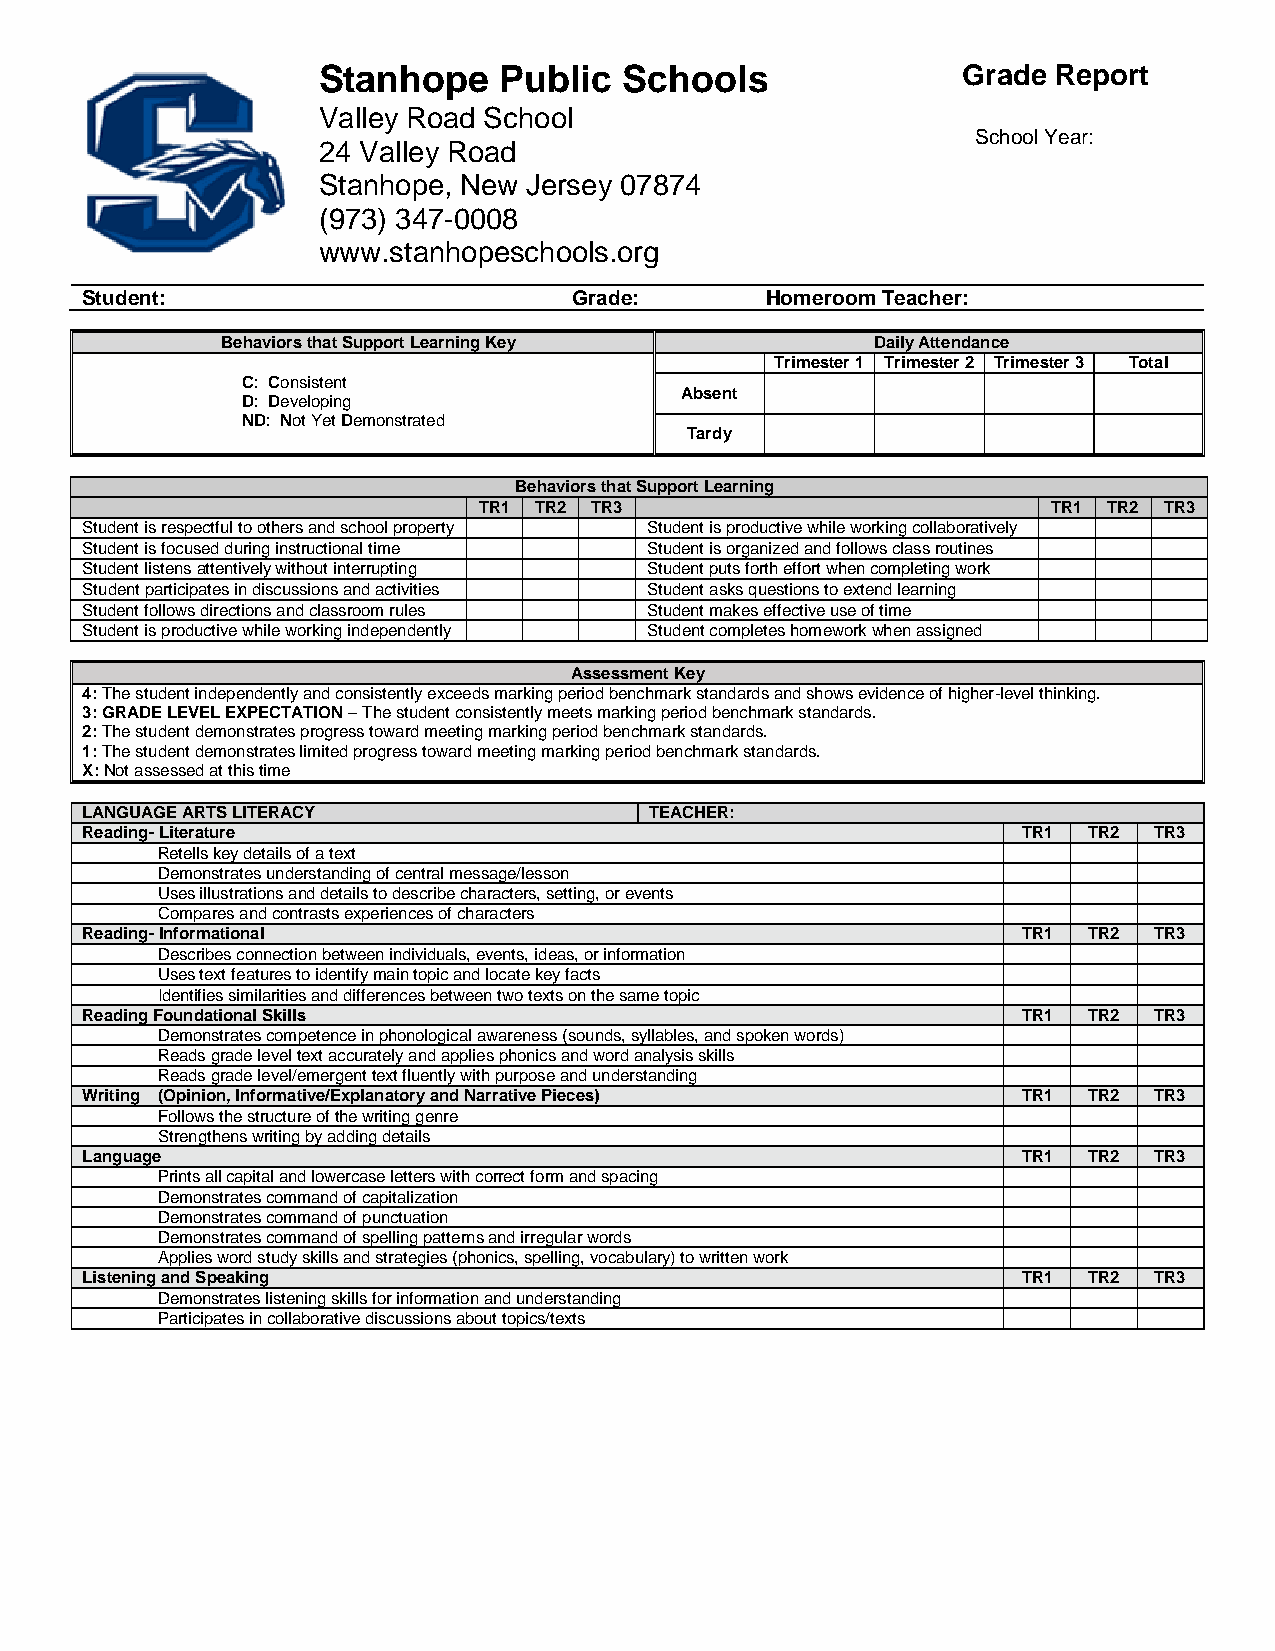
Stanhope    Public  Schools                Grade Report
 Valley Road School
 School Year: XXXX-XX
 24 Valley Road
 Stanhope, New Jersey 07874
 (973) 347-0008
 www.stanhopeschools.org
 Student:                         Grade:       Homeroom Teacher:
 Behaviors that Support Learning Key        Daily Attendance
 Trimester 1 Trimester 2 Trimester 3 Total
 C: Consistent
 Absent
 D: Developing
 ND: Not Yet Demonstrated
 Tardy
 Behaviors that Support Learning
 TR1 TR2 TR3                           TR1 TR2 TR3
 Student is respectful to others and school property Student is productive while working collaboratively
 Student is focused during instructional time Student is organized and follows class routines
 Student listens attentively without interrupting Student puts forth effort when completing work
 Student participates in discussions and activities Student asks questions to extend learning
 Student follows directions and classroom rules Student makes effective use of time
 Student is productive while working independently Student completes homework when assigned
 Assessment Key
 4: The student independently and consistently exceeds marking period benchmark standards and shows evidence of higher-level thinking.
 3: GRADE LEVEL EXPECTATION – The student consistently meets marking period benchmark standards.
 2: The student demonstrates progress toward meeting marking period benchmark standards.
 1: The student demonstrates limited progress toward meeting marking period benchmark standards.
 X: Not assessed at this time
 LANGUAGE ARTS LITERACY                TEACHER:
 Reading- Literature                                            TR1 TR2 TR3
 Retells key details of a text
 Demonstrates understanding of central message/lesson
 Uses illustrations and details to describe characters, setting, or events
 Compares and contrasts experiences of characters
 Reading- Informational                                         TR1 TR2 TR3
 Describes connection between individuals, events, ideas, or information
 Uses text features to identify main topic and locate key facts
 Identifies similarities and differences between two texts on the same topic
 Reading Foundational Skills                                    TR1 TR2 TR3
 Demonstrates competence in phonological awareness (sounds, syllables, and spoken words)
 Reads grade level text accurately and applies phonics and word analysis skills
 Reads grade level/emergent text fluently with purpose and understanding
 Writing (Opinion, Informative/Explanatory and Narrative Pieces) TR1 TR2 TR3
 Follows the structure of the writing genre
 Strengthens writing by adding details
 Language                                                       TR1 TR2 TR3
 Prints all capital and lowercase letters with correct form and spacing
 Demonstrates command of capitalization
 Demonstrates command of punctuation
 Demonstrates command of spelling patterns and irregular words
 Applies word study skills and strategies (phonics, spelling, vocabulary) to written work
 Listening and Speaking                                         TR1 TR2 TR3
 Demonstrates listening skills for information and understanding
 Participates in collaborative discussions about topics/texts